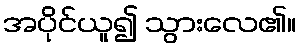
အပိုင်ယူ၍ သွားလေ၏။